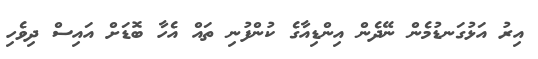
އިރު އަޅުގަނޑުމެން ނޭދެން އިންޑިއާގެ ކުންފުނި ތައް އެހާ ބޮޑަށް އައިސް ދިވެހި